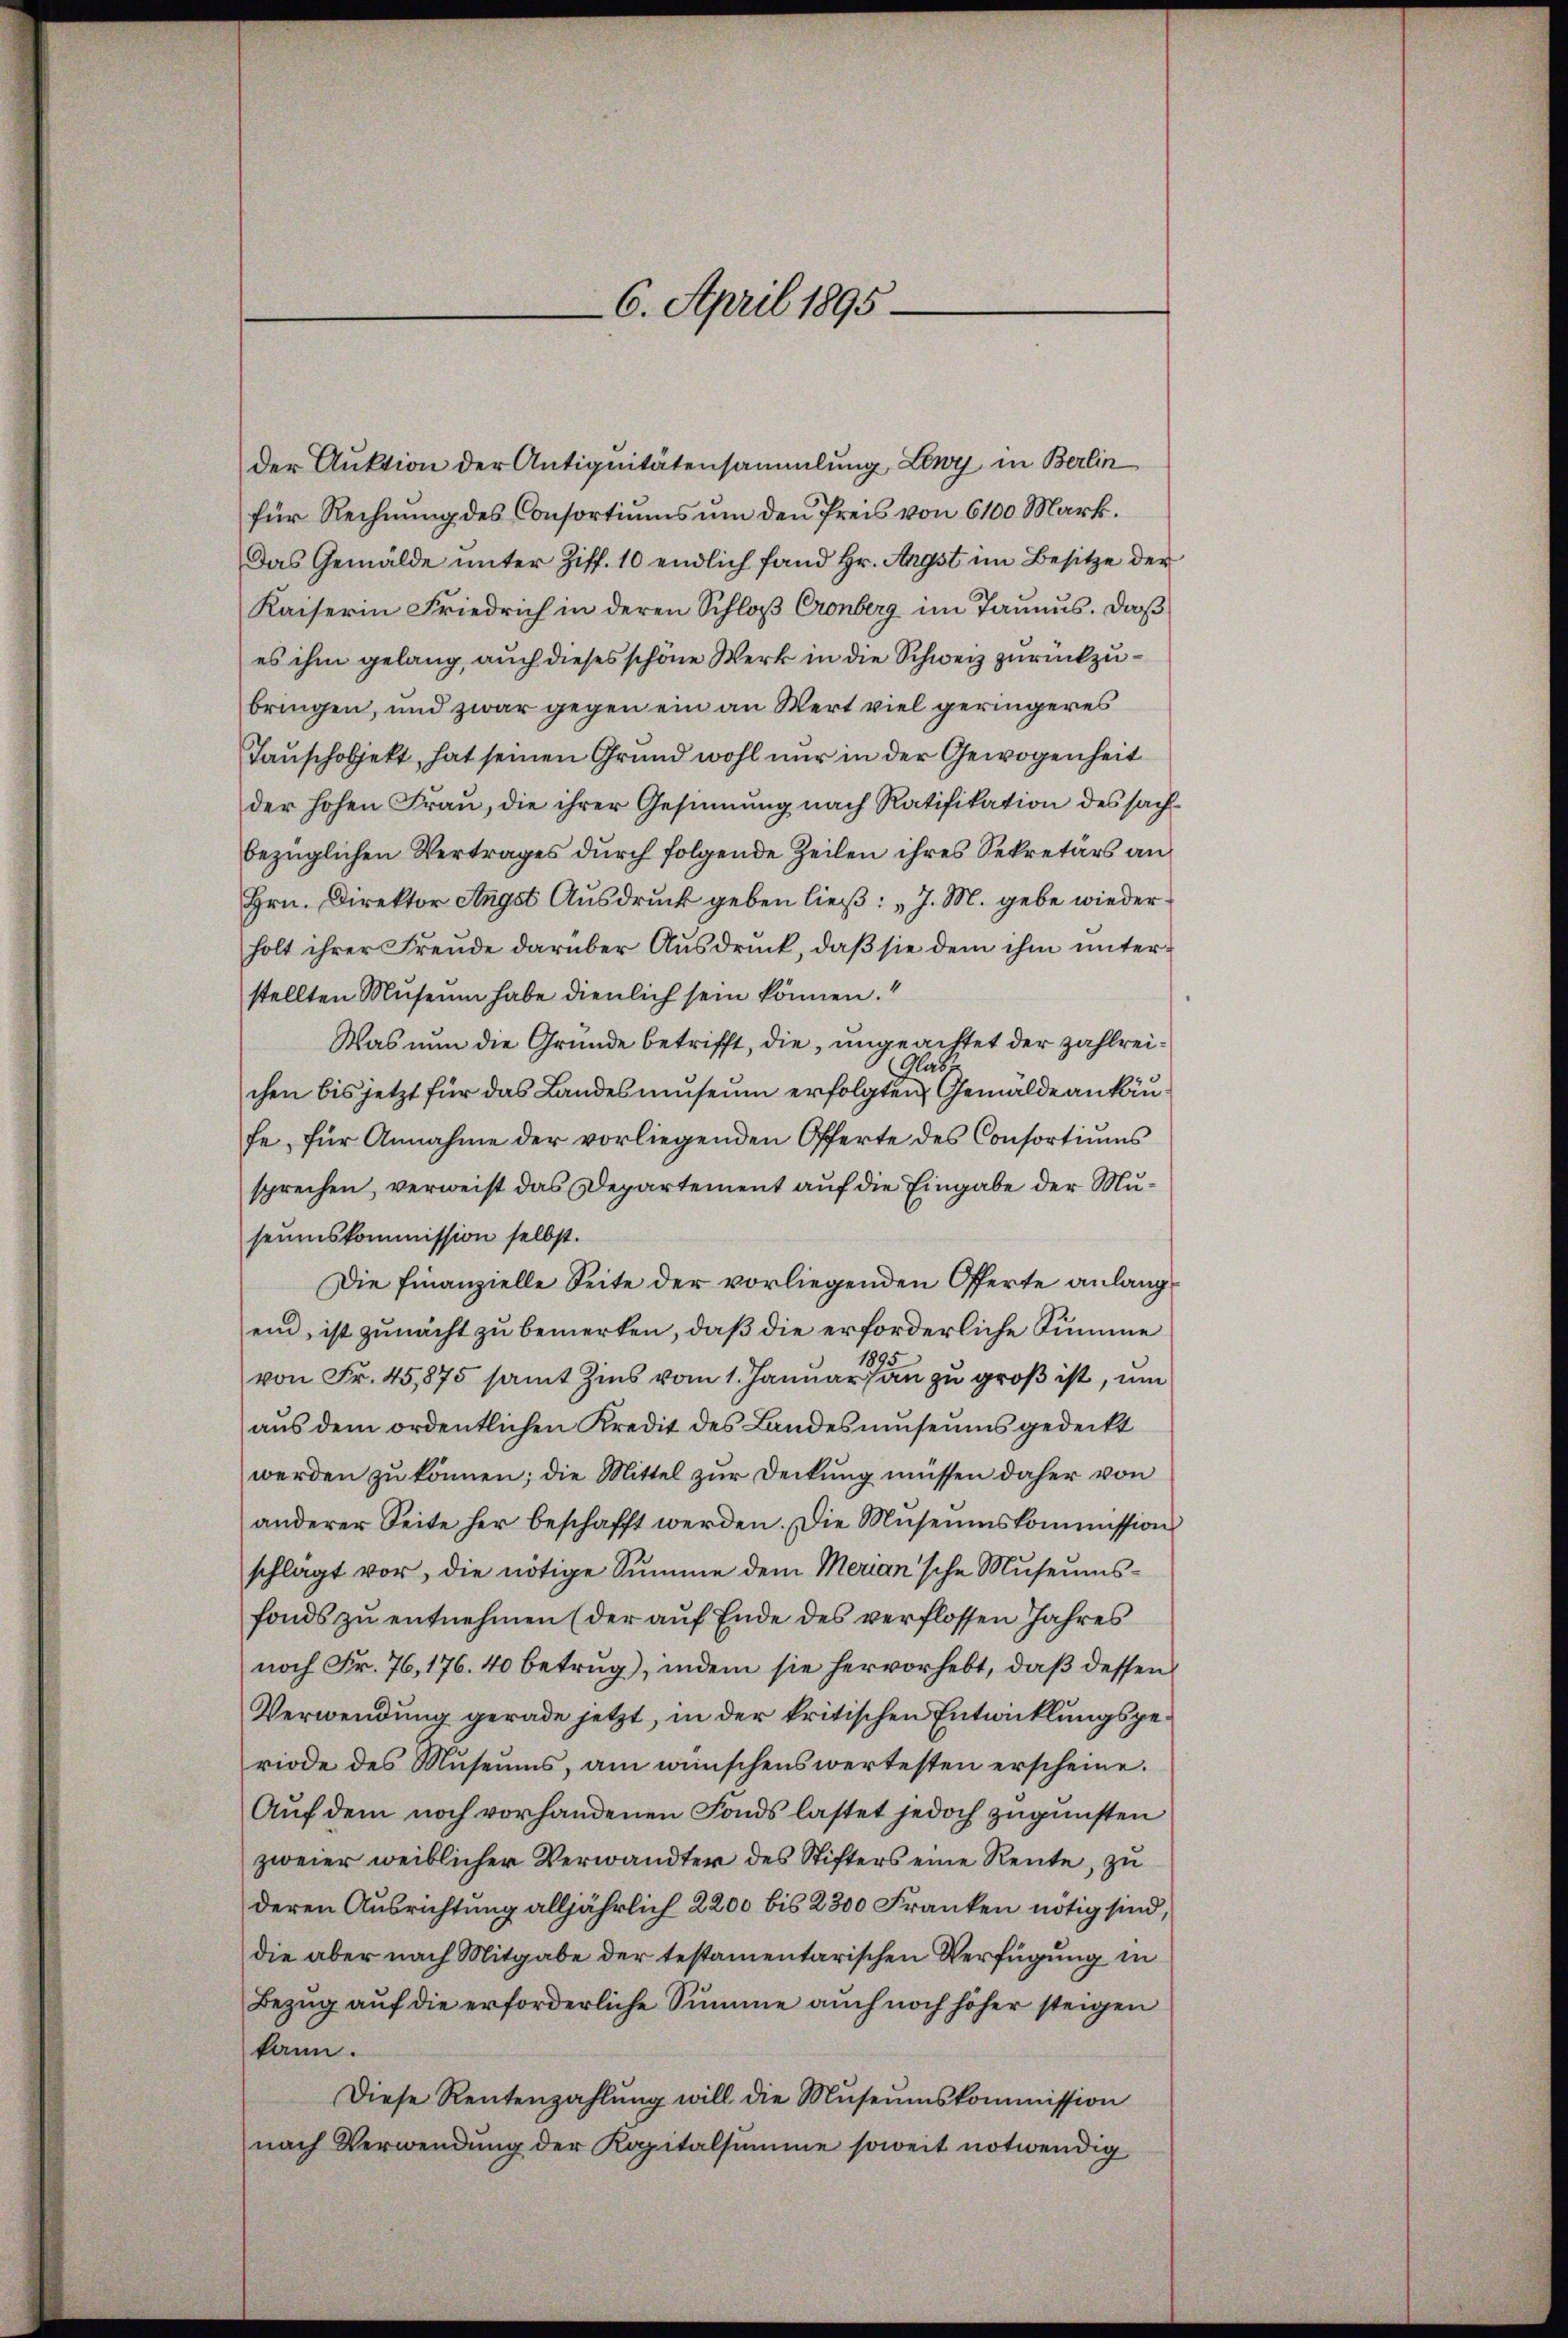
der Auktion der Antiquitätensammlung Lewy, in Berlin
für Rechnung des Consortiums um den Preis von 6100 Mark.
Das Gemälde ŭnter Ziff. 10 endlich fand Hr. Angst im Besitze der
Kaiserin Friedrich in deren Schloß Cronberg im Taunus. Daß
es ihm gelang, auch dieses schöne Werk in die Schweiz zurückzubringen, und zwar gegen ein an Wert viel geringeres
Tauschobjekt, hat seinen Grund wohl nur in der Gewogenheit
der hohen Frau, die ihrer Gesinnung nach Ratifikation des sachbezüglichen Vertrages durch folgende Zeilen ihres Sekretärs an
Hrn. Direktor Angst Ausdruck geben ließ: „J. M. gebe wiederholt ihrer Freude darüber Ausdruck, daß sie dem ihm unterstellten Museum habe dienlich sein können.“
Was nun die Grunde betrifft, die, ungeachtet der zahlrei¬
Glas
chen bis jetzt für das Landesmuseum erfolgten Gemälde ankäufe für Annahme der vorliegenden Offerte des Consortiŭms
sprechen, verweist das Departement auf die Eingabe der Museumskommission selbst.
Die Finanzielle Seite der vorliegenden Offerte anlangein, ist zumacht zu bemerken, daß die erforderliche Summe
von Fr. 45,875 samt Zins vom 1. Januar zu groß ist, um
aus dem ordentlichen Kredit des Landesmuseums gedeckt
werden zu können; die Mittel zur Deckung müssen daher von
anderer Seite her beschafft werden. Die Museumskommission
schlägt vor, die nötige Summe dem Merian'sche Museumsfonds zu entnehmen (der auf Ende des verflossen Jahres
noch Fr. 76, 176. 40 betrug), indem sie hervorhebt, daß dessen
Verwendung gerade jetzt, in der kritischen Entwicklungsgeriode des Mŭseŭms, am wünschenswertesten erscheine.
Auf dem noch vorhandenen Fonds lastet jedoch zugunsten
zweier weiblicher Verwandter des Stifters eine Rente, zu
deren Ausrichtung alljährlich 2200 bis 2300 Franken nötig sind,
die aber nach Mitgabe der testamentarischen Verfügung in
Bezug auf die erforderliche Summe auch noch höher steigen
kann.
Diese Rentenzahlung will die Museumskommission
nach Verwendung der Kapitalsumme soweit notwendig

6. April 1895